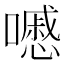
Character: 𡂔